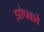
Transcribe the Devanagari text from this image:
झोपवावे